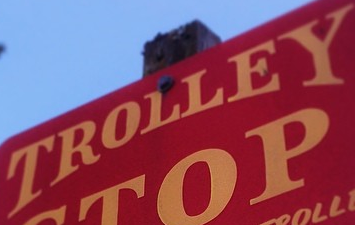
TROLLEY